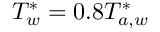
T _ { w } ^ { \ast } = 0 . 8 T _ { a , w } ^ { \ast }